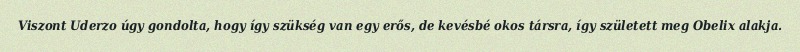
Viszont Uderzo úgy gondolta, hogy így szükség van egy erős, de kevésbé okos társra, így született meg Obelix alakja.